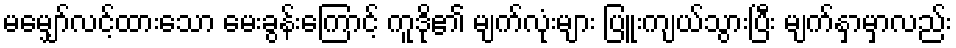
မမျှော်လင့်ထားသော မေးခွန်းကြောင့် ကူဒို၏ မျက်လုံးများ ပြူးကျယ်သွားပြီး မျက်နှာမှာလည်း